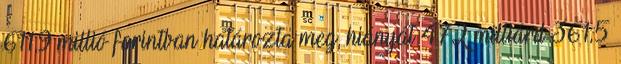
611,9 millió forintban határozta meg, hiányát 472 milliárd 361,5